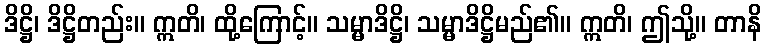
ဒိဋ္ဌိ၊ ဒိဋ္ဌိတည်း။ ဣတိ၊ ထို့ကြောင့်။ သမ္မာဒိဋ္ဌိ၊ သမ္မာဒိဋ္ဌိမည်၏။ ဣတိ၊ ဤသို့။ တာနိ